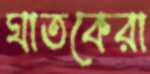
ঘাতকেরা